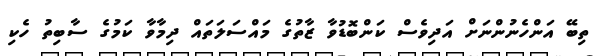
ތިބޭ އަންހެނުންނަށް އަދިވެސް ކަންބޮޑުވާ ޒާތުގެ މައްސަލަތައް ދިމާވާ ކަމުގެ ސާބިތު ހެކި